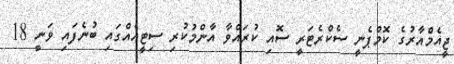
ޖީއެމްއާރުގެ ކޮމްޕެނީ ސެކްރެޓަރީ ސޮއި ކުރައްވާ އާންމުކުރި ސިޓީއެއްގައި ބުނެފައި ވަނީ 18